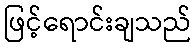
ဖြင့်ရောင်းချသည်